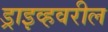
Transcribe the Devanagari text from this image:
ड्राइव्हवरील